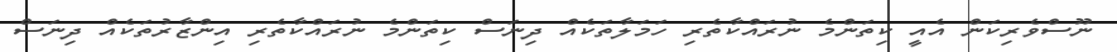
ނޫސްވެރިކަން އެއީ ކިތަންމެ ނުރައްކާތެރި ހަމަލާތަކެއް ދިނަސް ކިތަންމެ ނުރައްކާތެރި އިންޒާރުތަކެއް ދިނަސް